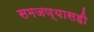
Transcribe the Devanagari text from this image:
समजण्यासही